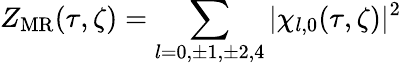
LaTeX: Z_{\mathrm{MR}}(\tau,\zeta)=\sum_{l=0,\pm 1,\pm 2,4}\vert\chi_{l,0}(\tau,\zeta)\vert^{2}